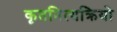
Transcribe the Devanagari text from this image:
कृतनित्यक्रियो